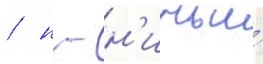
/ н - н'ичьи́